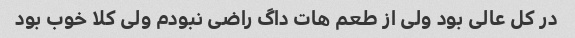
در کل عالی بود ولی از طعم هات داگ راضی نبودم ولی کلا خوب بود